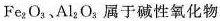
Fe_{2}O_{3}，Al_{2}O_{3}属于碱性氧化物